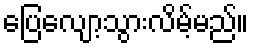
ပြေလျော့သွားလိမ့်မည်။